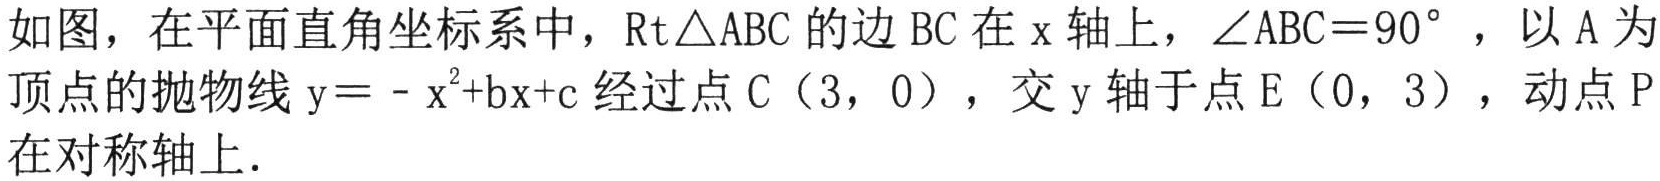
如图，在平面直角坐标系中，\(\text{Rt}\triangle ABC\)的边 \(BC\)在 \(x\)轴上，\(\angle ABC = 90^{\circ}\)，以 \(A\)为顶点的抛物线 \(y=-x^{2}+bx + c\)经过点 \(C(3,0)\)，交 \(y\)轴于点 \(E(0,3)\)，动点 \(P\)在对称轴上.